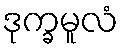
ဒုက္ခမူလံ